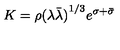
K = \rho { ( \lambda \bar { \lambda } ) } ^ { 1 / 3 } e ^ { \sigma + \bar { \sigma } }